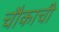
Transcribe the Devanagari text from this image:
चौकाची